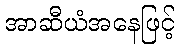
အာဆီယံအနေဖြင့်